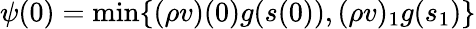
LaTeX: \psi(0)=\textnormal{min}\{ (\rho v)(0)g(s(0)),(\rho v)_{1}g(s_{1})\}